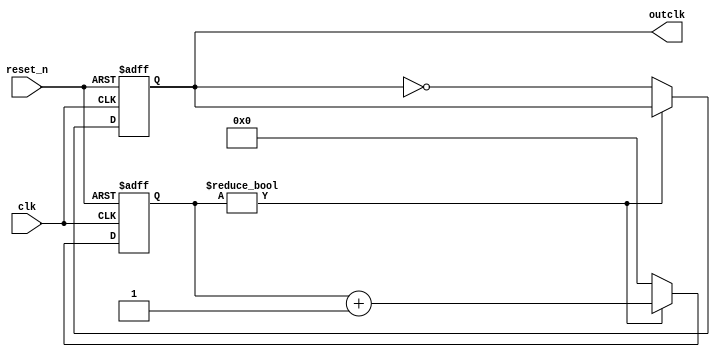
module clock_divider(clk, reset_n, outclk);

parameter divider = 0;

output reg outclk;
input clk;
input reset_n;


reg [27:0] counter;



always @(posedge clk or negedge reset_n)
begin
    if(reset_n == 0)
    begin
        counter <= 0;
        outclk <= 1'b0;
    end
else if (counter != divider)
    counter <= counter + 1;
        else
        begin
            outclk <= ~outclk;
            counter <= 0;
        end
    end

endmodule